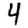
Digit: 4